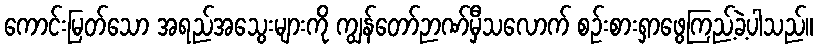
ကောင်းမြတ်သော အရည်အသွေးများကို ကျွန်တော်ဉာဏ်မှီသလောက် စဉ်းစားရှာဖွေကြည့်ခဲ့ပါသည်။